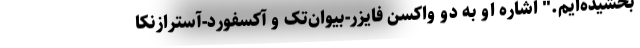
بخشیده‌ایم." اشاره او به دو واکسن فایزر-بیوان‌تک و آکسفورد-آسترازنکا